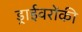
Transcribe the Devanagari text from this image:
ड्राईवरोंकी